Indian journal of veterinary science and animal husbandry - Volume 13,
Year: 1943
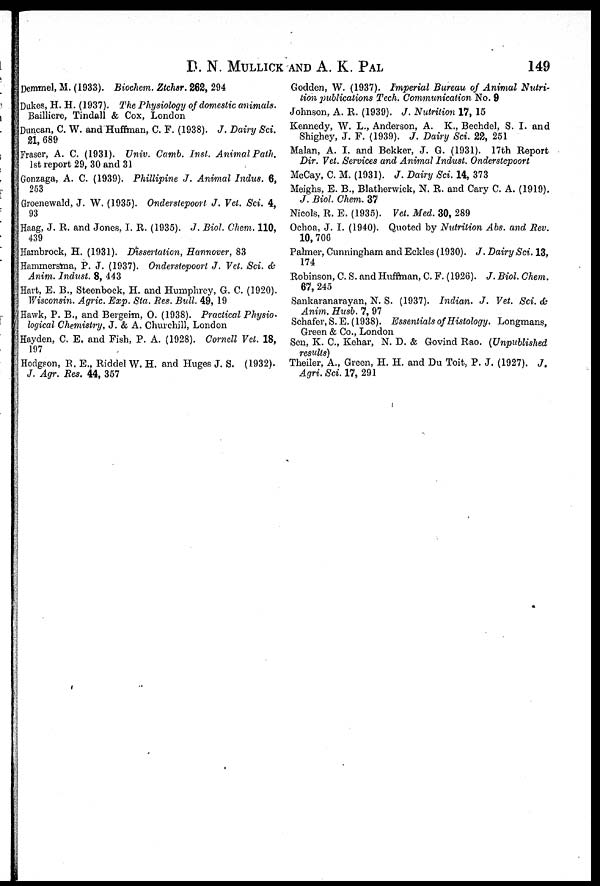
D. N. MULLICK AND A. K. PAL 149
Demmel, M. (1933). Biochem. Ztchsr. 262, 294
Dukes, H. H. (1937). The Physiology of domestic animals.
Bailliere, Tindall & Cox, London
Duncan, C. W. and Huffman, C. F. (1938). J. Dairy Sci.
21, 689
Fraser, A. C. (1931). Univ. Camb. Inst. Animal Path.
1st report 29, 30 and 31
Gonzaga, A. C. (1939). Phillipine J. Animal Indus. 6,
253
Groenewald, J. W. (1935). Onderstepoort J. Vet. Sci. 4,
93
Haag, J. R. and Jones, I. R. (1935). J. Biol. Chem. 110,
439
Haanbrock, H. (1931). Dissertation, Hannover, 83
Hammersma, P. J. (1937). Onderstepoort J. Vet. Sci. &
Anim. Indust. 8, 443
Hart, E. B., Steenbock, H. and Humphrey, G. C. (1920).
Wisconsin. Agric. Exp. Sta. Res. Bull. 49, 19
Hawk, P. B., and Bergeim, O. (1938). Practical Physio-
logical Chemistry, J. & A. Churchill, London
Hayden, C. E. and Fish, P. A. (1928). Cornell Vet. 18,
197
Hodgson, R. E., Riddel W. H. and Huges J. S. (1932).
J. Agr. Res. 44, 357
Godden, W. (1937). Imperial Bureau of Animal Nutri-
tion publications Tech. Communication No. 9
Johnson, A. R. (1939). J. Nutrition 17, 15
Kennedy, W. L., Anderson, A. K., Bechdel, S. I. and
Shighey, J. F. (1939). J. Dairy Sci. 22, 251
Malan, A. I. and Bekker, J. G. (1931). 17th Report
Dir. Vet. Services and Animal Indust. Onderstepoort
McCay, C. M. (1931). J. Dairy Sci. 14, 373
Meighs, E. B., Blatherwick, N. R. and Cary C. A. (1919).
J. Biol. Chem. 37
Nicols, R. E. (1935). Vet. Med. 30, 289
Ochoa, J. I. (1940). Quoted by Nutrition Abs. and Rev.
10, 706
Palmer, Cunningham and Eckles (1930). J. Dairy Sci. 13,
174
Robinson, C. S. and Huffman, C. F. (1926). J. Biol. Chem.
67, 245
Sankaranarayan, N. S. (1937). Indian. J. Vet. Sci. &
Anim. Husb. 7, 97
Schafer, S. E. (1938). Essentials of Histology. Longmans,
Green & Co., London
Sen, K. C., Kehar, N. D. & Govind Rao. (Unpublished
results)
Theiler, A., Green, H. H. and Du Toit, P. J. (1927). J.
Agri. Sci. 17, 291